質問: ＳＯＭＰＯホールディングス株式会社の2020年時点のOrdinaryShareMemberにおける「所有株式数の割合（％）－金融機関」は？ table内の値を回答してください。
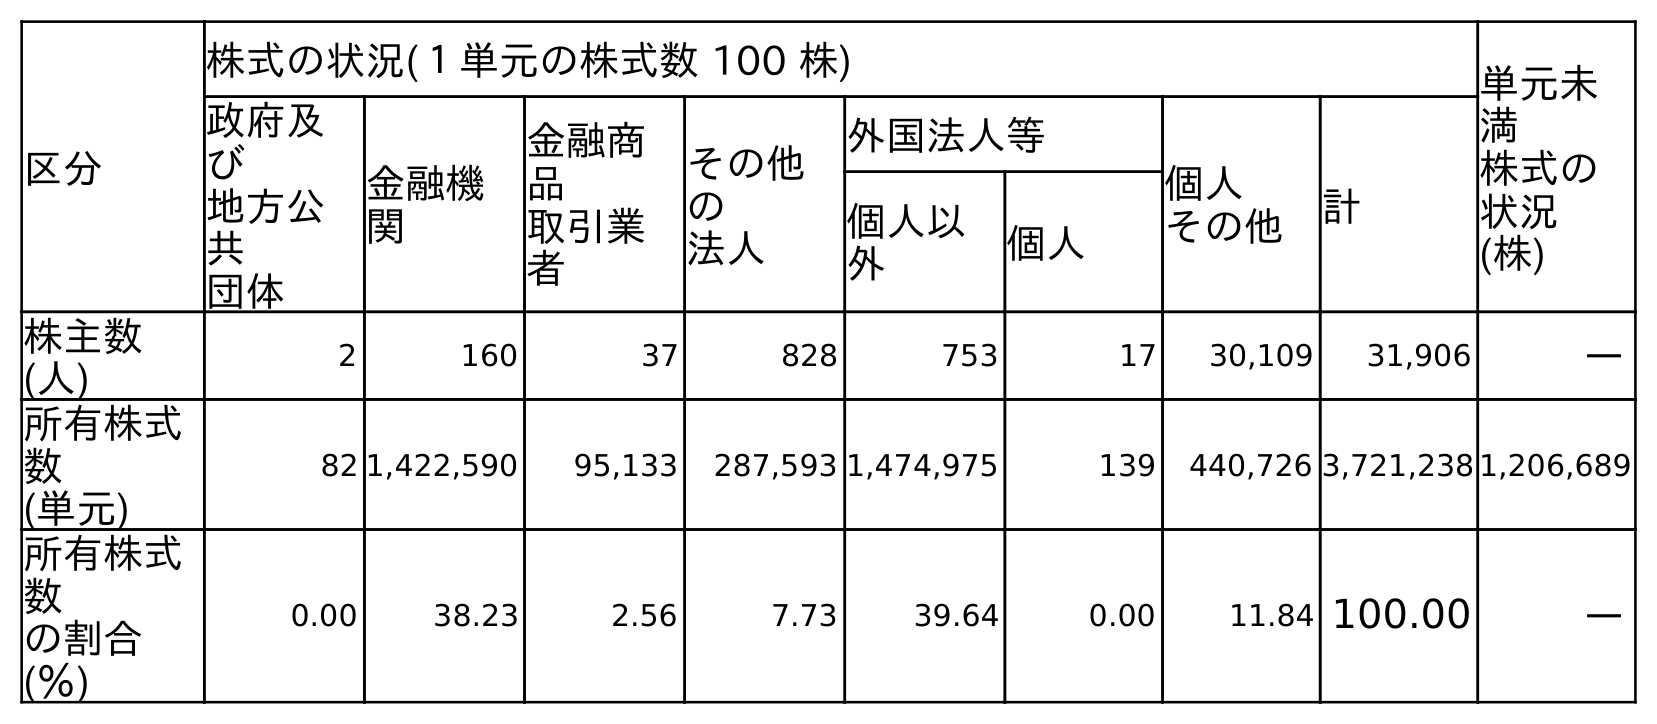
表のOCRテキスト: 区分 株式の状況(１単元の株式数 100 株) 単元未 満 株式の 状況 (株) 政府及 び 地方公 共 団体 金融機 関 金融商 品 取引業 者 その他 の 法人 外国法人等 個人 その他 計 個人以 外 個人 株主数 (人) 2 160 37 828 753 17 30,109 31,906 ― 所有株式 数 (単元) 82 1,422,590 95,133 287,593 1,474,975 139 440,726 3,721,238 1,206,689 所有株式 数 の割合 (％) 0.00 38.23 2.56 7.73 39.64 0.00 11.84 100.00 ―
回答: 38.23